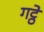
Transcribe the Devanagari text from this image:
गट्ठे